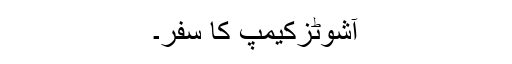
آشوٹزکیمپ کا سفر۔